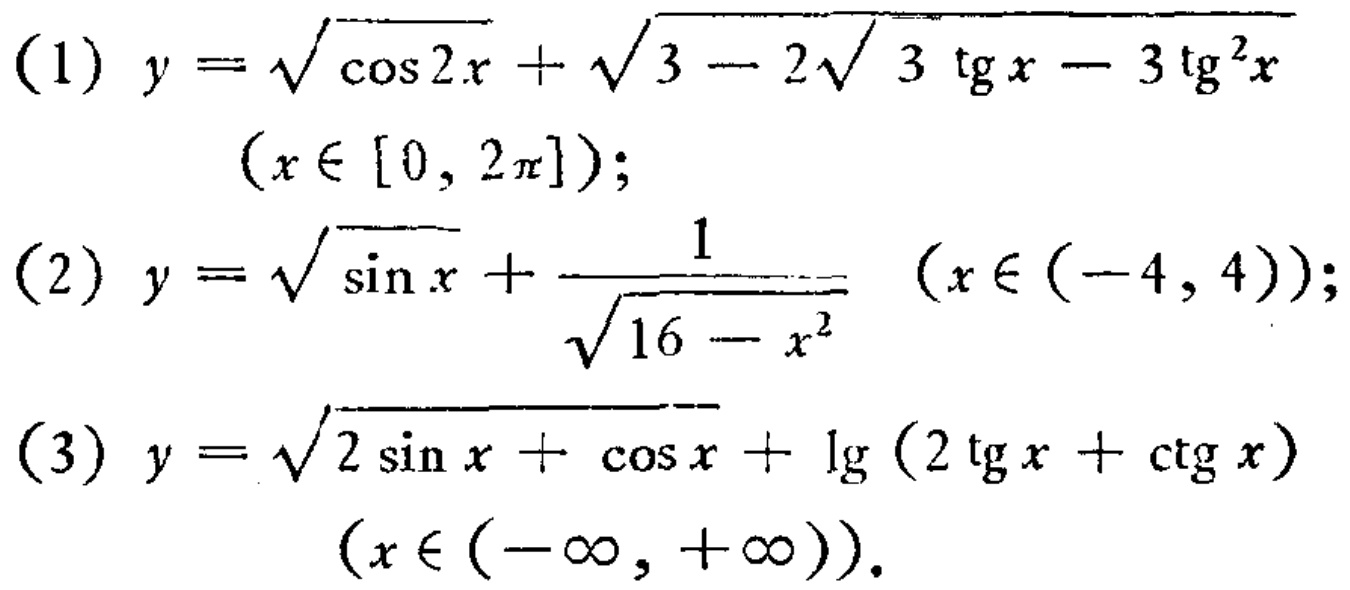
(1) \(y = \sqrt{\cos 2x}+\sqrt{3 - 2\sqrt{3}\tan x - 3\tan^{2}x}\) \((x\in[0,2\pi])\);
(2) \(y = \sqrt{\sin x}+\frac{1}{\sqrt{16 - x^{2}}}\) \((x\in(-4,4))\);
(3) \(y = \sqrt{2\sin x+\cos x}+\lg(2\tan x+\cot x)\) \((x\in(-\infty,+\infty))\).